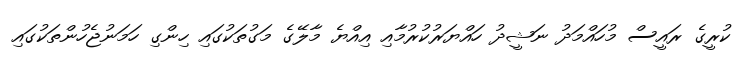
ކުރީގެ ރައީސް މުހައްމަދު ނަޝީދު ހައްޔަރުކުރުމާއި އިއްޔެ މާލޭގެ މަގުތަކުގައި ހިންގި ހަމަނުޖެހުންތަކުގައި